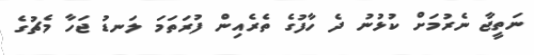
ނަތީޖާ ނެރުމަށް ކުޅުނު ދެ ހާފުގެ ތެރެއިން ފުރަތަމަ ލަނޑު ޖަހާ މެޗުގެ